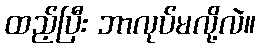
ထည့်ပြီး ဘာလုပ်မလို့လဲ။